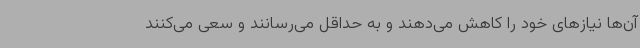
آن‌ها نیازهای خود را کاهش می‌دهند و به حداقل می‌رسانند و سعی می‌کنند